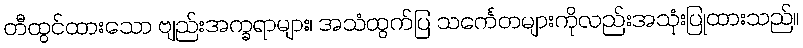
တီထွင်ထားသော ဗျည်းအက္ခရာများ၊ အသံထွက်ပြ သင်္ကေတများကိုလည်းအသုံးပြုထားသည်။